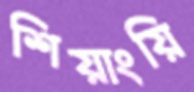
শিয়াংয়ি